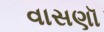
વાસણૉ